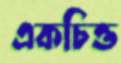
একচিত্ত